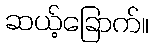
ဆယ့်ခြောက်။